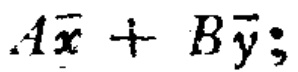
$A\vec{x}+B\vec{y};$